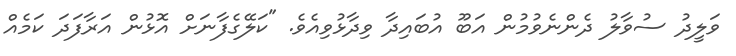
ވަލީދު ސުވާލު ދެންނެވުމުން އަބޫ އުބައިދާ ވިދާޅުވިއެވެ. "ކަލޭގެފާނަށް އޮޅުން އަރާފަދަ ކަމެއް